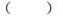
( )